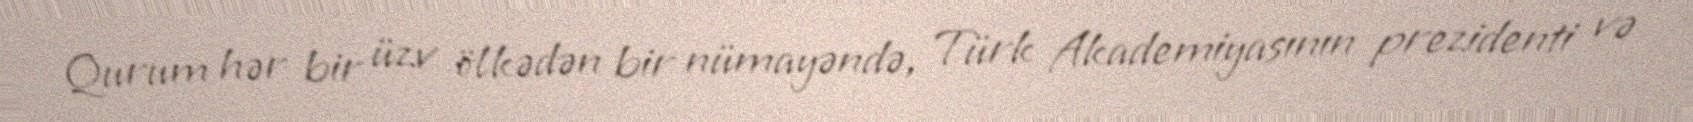
Qurum hər bir üzv ölkədən bir nümayəndə, Türk Akademiyasının prezidenti və